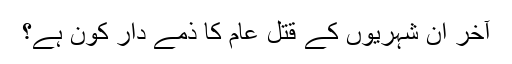
آخر ان شہریوں کے قتل عام کا ذمے دار کون ہے؟